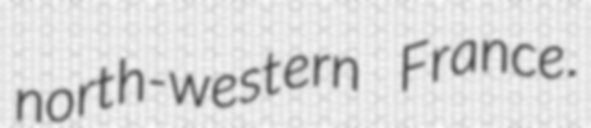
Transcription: north-western France.